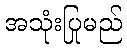
အသုံးပြုမည်